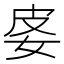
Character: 𡛬